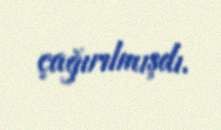
çağırılmışdı.